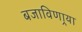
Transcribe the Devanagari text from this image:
बजाविणार्‍या